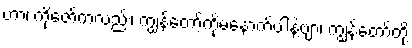
ဟာ၊ ကိုဇော်ကလည်း၊ ကျွန်တော့်ကိုမနောက်ပါနဲ့ဗျာ၊ ကျွန်တော်တို့